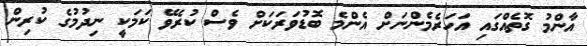
އާންމު ގޮތެއްގައި އަހަރެމެންނަށް އެންމެ ބޮޑުވަރަކަށް ވެސް ކުރެވޭ ކަމަކީ ނިދުމުގެ ކުރިން